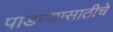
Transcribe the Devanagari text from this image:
पाडण्यासाठीचे